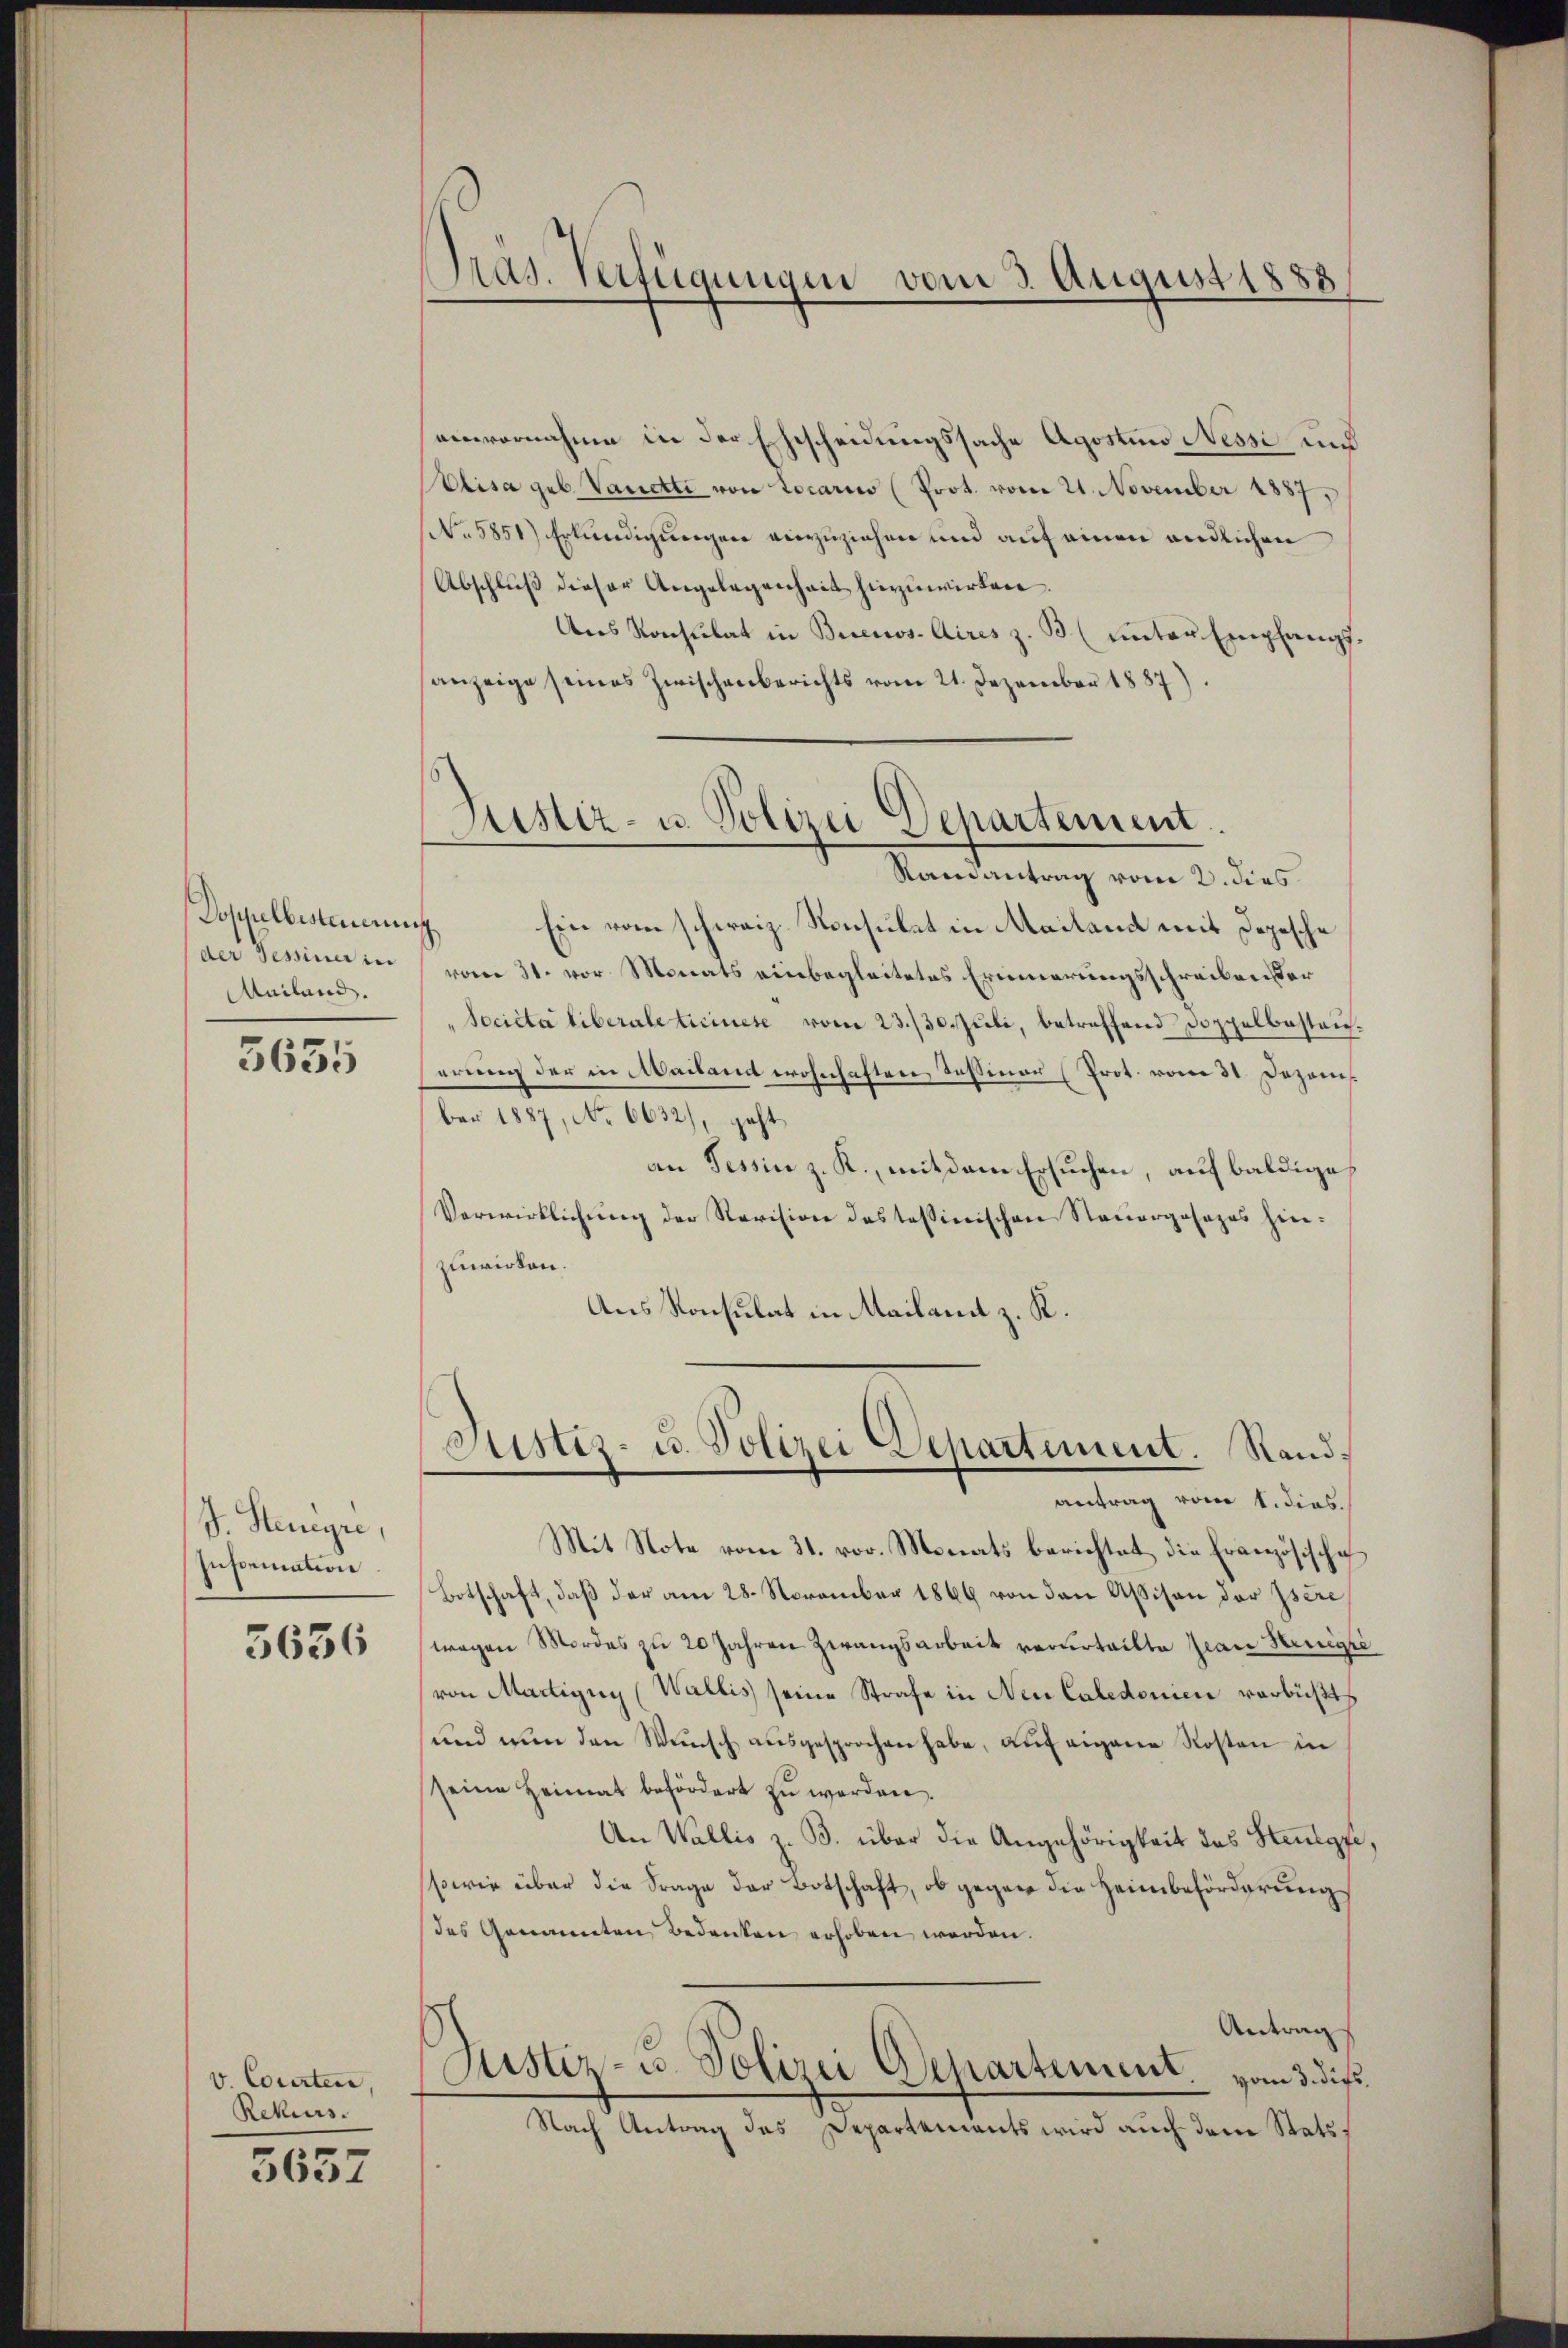
Doppelbesteuerung
der Sessiner in
MMailand.

5635

J. Steueyre,
Insemation

3636

v. Courten,
Rekurs.

5657

einvernahme in der Ehescheidungssache Agostin Nessi und
Elisa geb. Vancti von Locario (Prot. vom 21. November 1887,
No 5851) Erkundigungen einzuziehen und auf einen endlichen
Abschluß dieser Angelegenheit hinzuwirken.
Ans Konsulat in Buenos Aires z. B. (unter Empfangsanzeige seines Zwischenberichts vom 21. Dezember 1887).

Prag. Verfügungen vom 3. August 1883

Justiz- u. Polizei Departement.

Justiz- u. Polizei Departement. Sandantrag vom 1. dies.

Ramantrag vom 2. dies
Ein vom schweiz. Konsulat in Mailand mit Depesche
vom 31. vor Monats einbegleitetes Erinnerungsschreiben der
Societa liberale Ticinese vom 23./30. Juli, betreffend Doppelbastanerung der in Mailand wohnhaften Tessiner (Prot. vom 31. Dezember 1887, No 6632), geht
an Tessin z. R., mit dem Ersuchen, auf baldige
Verwirklichung der Revision des Tessierischen Steuergosages hierzuwirken.
Aus Konsulat in Mailand z. K.

Mit Note vom 31. vor. Monats berichtet die Französische
Botschaft, daß der am 28. November 1869 von den Assison der Isere
wegen Mordes zu 20 Jahren Zwangsarbeit verurteilte Jean Henige
von Martigny (Wallis seine Strafe in Neu Caledonien verbüßts
und nun den Wünsch aŭsgesprochen habe, aŭf eigene Kosten in
seine Heimat befördert zu werden.
An Wallis z. B. über die Angehörigkeit des Steulgfe,
sowie über die Frage der Botschaft, ob gegen die Heimbeförderungs
des Genannten Bedenken erhoben werden.
Antrag
Justiz- u. Polizei Departement. vom 3. die
Nach Antrag des Departements wird auch dem Stats¬